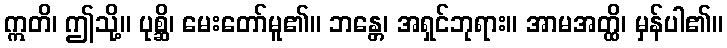
ဣတိ၊ ဤသို့။ ပုစ္ဆိ၊ မေးတော်မူ၏။ ဘန္တေ၊ အရှင်ဘုရား။ အာမအတ္ထိ၊ မှန်ပါ၏။